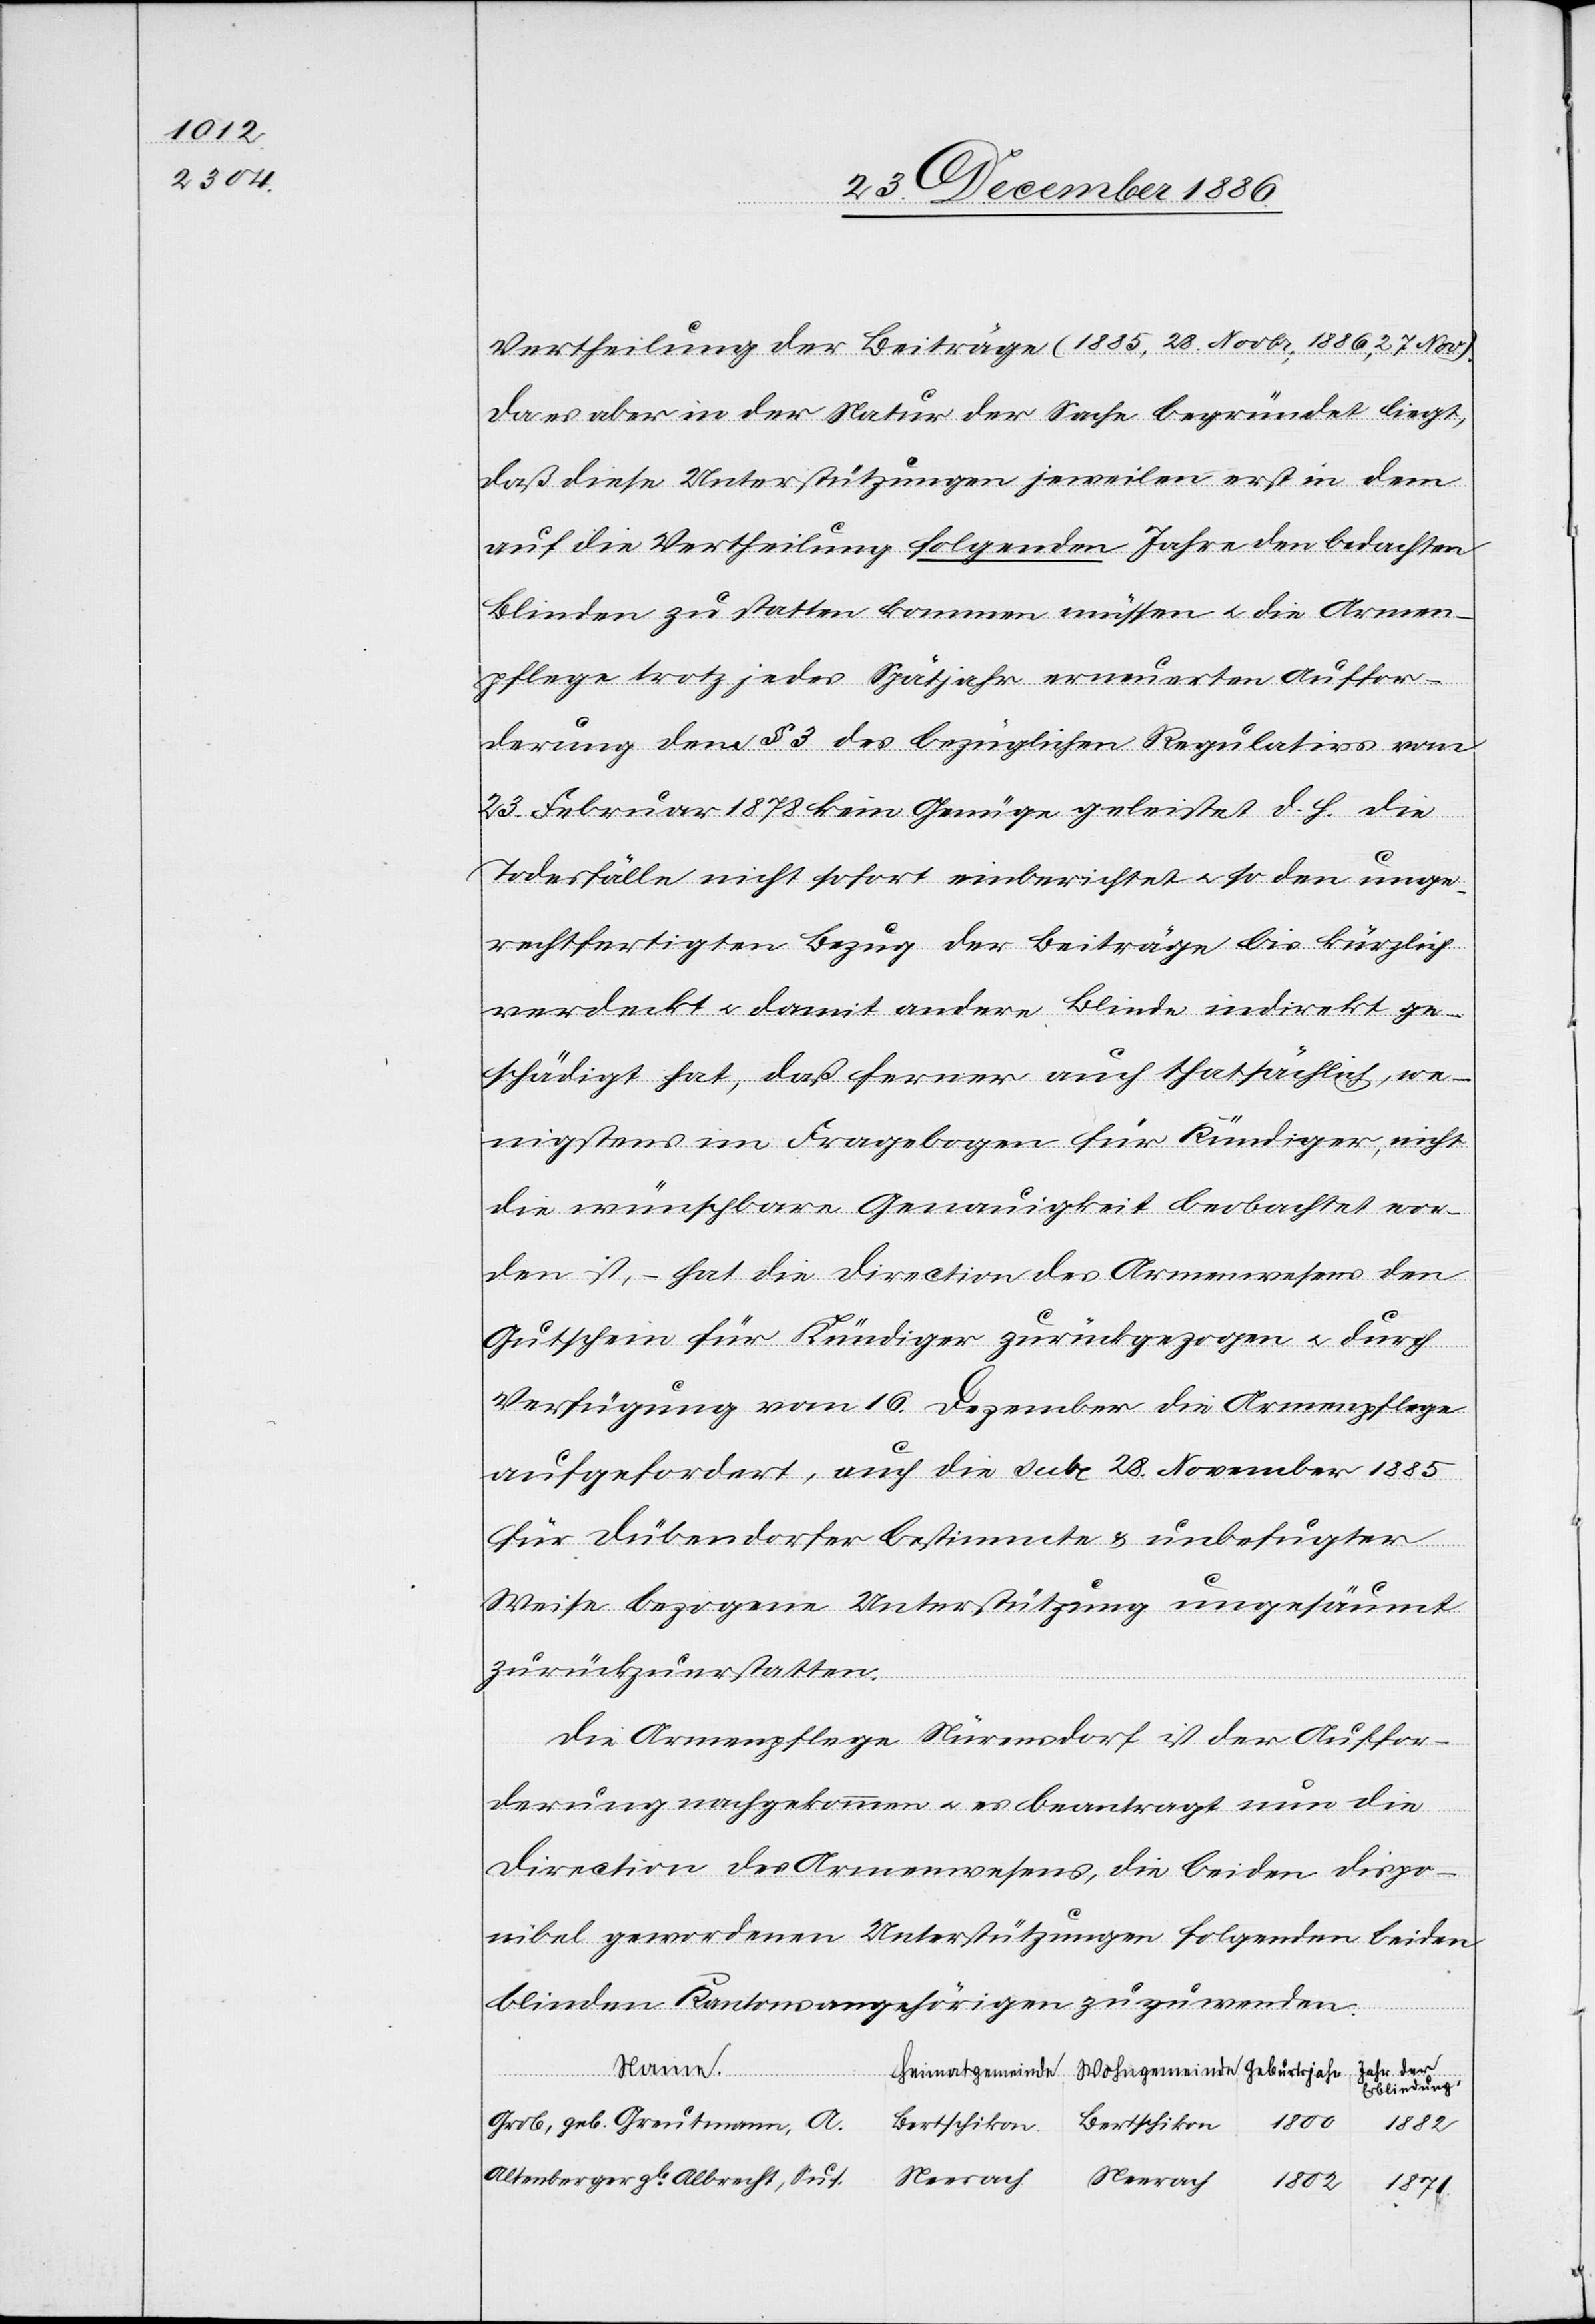
Vertheilung der Beiträge (1885, 28. Novbr.; 1886, 27. Nov.).
Da es aber in der Natur der Sache begründet liegt,
daß diese Unterstützungen jeweilen erst in dem
auf die Vertheilung folgenden Jahre den bedachten
Blinden zu statten kommen müssen & die Armen¬
pflege trotz jedes Spätjahr erneuerten Auffor¬
derung dem § 3 des bezüglichen Regulativs vom
23. Februar 1878 kein Genüge geleistet d. h. die
Todesfälle nicht sofort einberichtet & so den unge¬
rechtfertigten Bezug der Beiträge bis kürzlich
verdeckt & damit andere Blinde indirekt ge¬
schädigt hat, daß ferner auch thatsächlich, we¬
nigstens im Fragebogen für Kündiger, nicht
die wünschbare Genauigkeit beobachtet wor¬
den ist, – hat die Direction des Armenwesens den
Gutschein für Kündiger zurückgezogen & durch
Verfügung vom 16. Dezember die Armenpflege
aufgefordert, auch die sub. 28. November 1885
für Dübendorfer bestimmte & unbefugter
Weise bezogene Unterstützung ungesäumt
zurückzuerstatten.
Die Armenpflege Nürensdorf ist der Auffor¬
derung nachgekommen & es beantragt nun die
Direction des Armenwesens, die beiden dispo¬
nibel gewordenen Unterstützungen folgenden beiden
blinden Kantonsangehörigen zuzuwenden.
Jahr der
Name.
Heimatgemeinde
Erblindung.
1800
Grob, geb. Greutmann, A.
1882
Bertschikon
Neerach
Altenberger gb Albrecht, Sus.
1802
1871